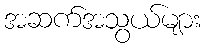
အဆက်အသွယ်များ